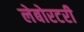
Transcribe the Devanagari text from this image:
लेबोरटरी